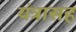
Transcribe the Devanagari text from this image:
यंत्रासह